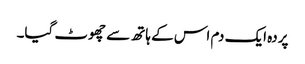
پردہ ایک دم اس کے ہاتھ سے چھوٹ گیا۔